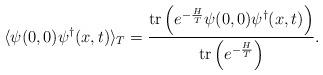
LaTeX: \begin{align*}\langle\psi(0,0)\psi^\dagger(x,t)\rangle_T=\frac{\mathop{\rm tr}\nolimits\left(e^{-\frac{H}{T}}\psi(0,0)\psi^\dagger(x,t)\right)}{\mathop{\rm tr}\nolimits\left(e^{-\frac{H}{T}}\right)}.\end{align*}